Scientific memoirs by medical officers of the Army of India - Part IX,
Year: 1895
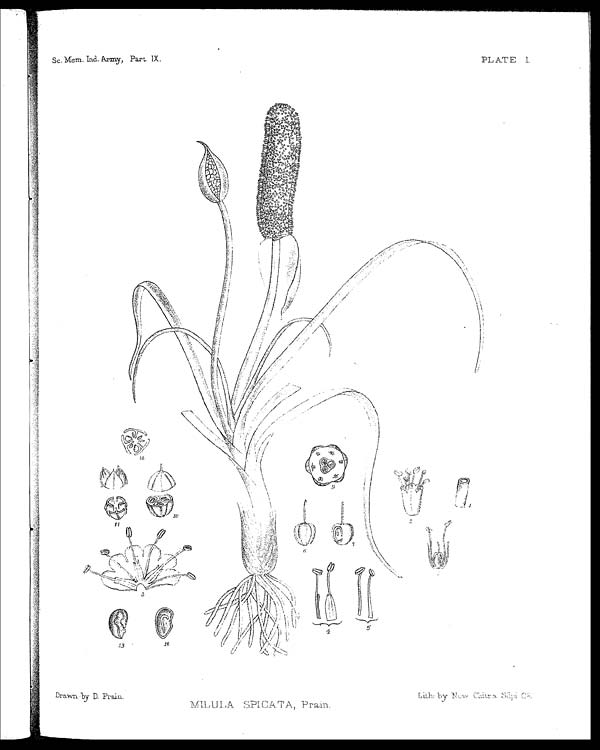
Sc. Mem. Ind. Army, Part. IX.
PLATE I.
Dr awn by D. Pr ai n.
Lith: by New Chitra Silpi C2.
M I L U L A S P I C A T A , P r a i n .